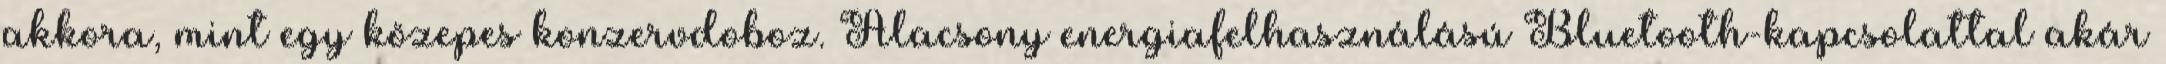
akkora, mint egy közepes konzervdoboz. Alacsony energiafelhasználású Bluetooth-kapcsolattal akár